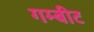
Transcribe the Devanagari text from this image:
गम्बीट